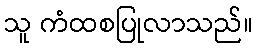
သူ ကံထစပြုလာသည်။